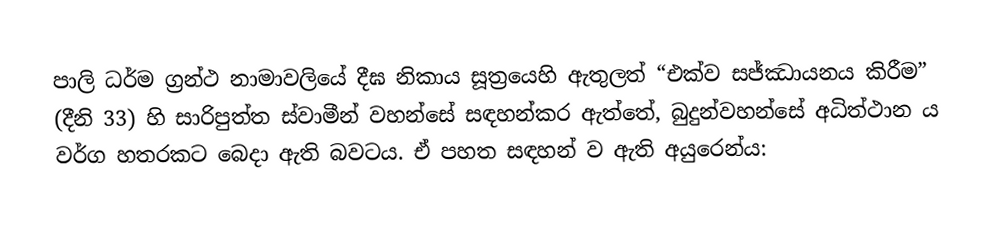
පාලි ධර්ම ග්‍රන්ථ නාමාවලියේ දීඝ නිකාය සූත්‍රයෙහි ඇතුලත් “එක්ව සජ්ඣායනය කිරීම”  (දීනි 33) හි සාරිපුත්ත ස්වාමීන්​ වහන්සේ​ සඳහන්​කර​ ඇත්තේ​​‚​ බුදුන්​වහන්සේ​ අධිත්ථාන ය​ වර්ග​ හතරකට​ බෙදා​​ ඇති​​​​  බවටය. ඒ පහත සඳහන් ව ඇති අයුරෙන්ය: